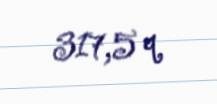
317,5 q